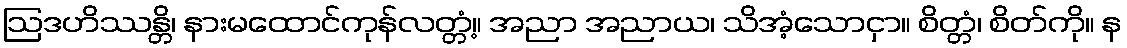
ဩဒဟိဿန္တိ၊ နားမထောင်ကုန်လတ္တံ့။ အညာ အညာယ၊ သိအံ့သောငှာ။ စိတ္တံ၊ စိတ်ကို။ န